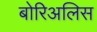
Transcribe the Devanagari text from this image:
बोरिअलिस